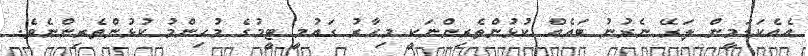
އެއެކަޑަމީން ލަރޭ ނެރުނު ބައެއް ކުޅުންތެރިންނަކީ މިހާރު ގައުމީ ޓީމުގެ މުހިންމު ކުޅުންތެރިންނެވެ.